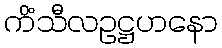
ကိံသီလဥဋ္ဌဟနော